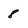
Character: 8